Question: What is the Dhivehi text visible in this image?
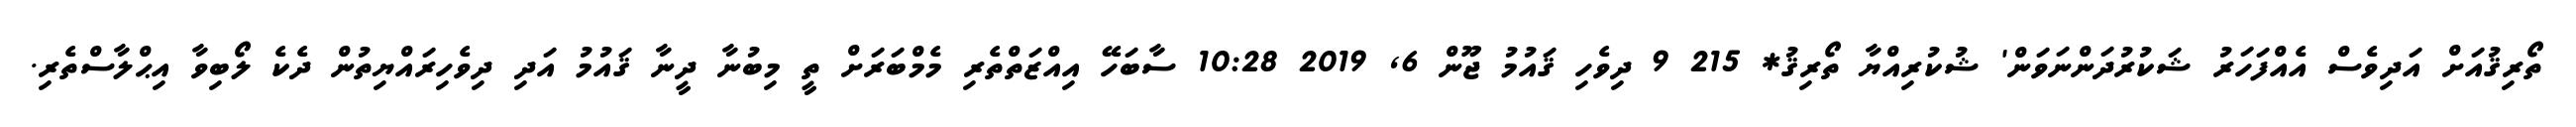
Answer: ތޯރިޤުއަށް އަދިވެސް އެއްފަހަރު ޝަކުރުދަންނަވަން' ޝުކުރިއްޔާ ތޯރިޤު* 215 9 ދިވެހި ޤައުމު ޖޫން 6, 2019 10:28 ސާބަހޭ އިއްޒަތްތެރި މެމްބަރަށް ތީ މިބުނާ ދީނާ ޤައުމު އަދި ދިވެހިރައްޔިތުން ދެކެ ލޯބިވާ އިޙްލާސްތެރި.